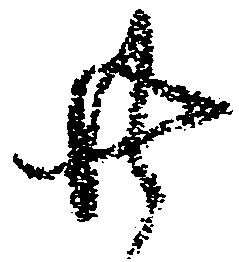
共